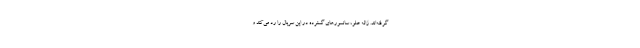
گرفته‌اند. ژاله علو، سانسورهای گسترده در این سریال را رد می‌کند و